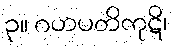
၃။ ဂဟပတိကုဋိ၊